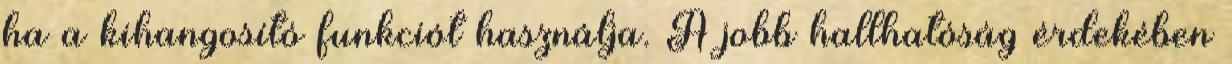
ha a kihangosító funkciót használja. A jobb hallhatóság érdekében